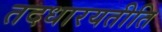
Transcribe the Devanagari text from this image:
तदधारयतीति